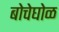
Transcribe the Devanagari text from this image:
बोचेघोळ